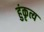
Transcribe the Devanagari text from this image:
हुंकृत्य